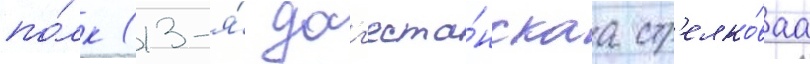
по́лк (13-я́ даг'еста́нскаа стр'елко́ваа